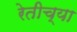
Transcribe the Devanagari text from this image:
रेतीच्या